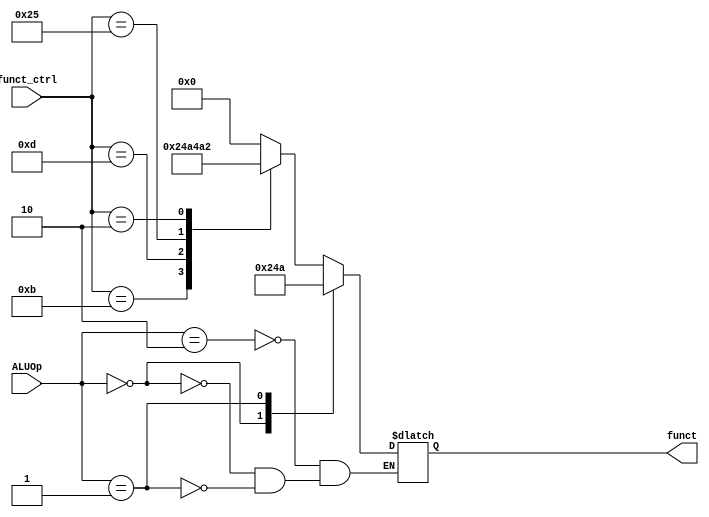
module ALU_Control (
    input [5:0] funct_ctrl,
    input [1:0] ALUOp,
    output reg [5:0] funct
);
    always @(funct_ctrl or ALUOp) begin
        case (ALUOp)
            2'b10: 
                begin
                    case (funct_ctrl)
                        6'b001011: funct = 6'b001001;
                        6'b001101: funct = 6'b001010;
                        6'b100101: funct = 6'b010010;
                        6'b000010: funct = 6'b100010;
                        default: funct = 0;
                    endcase
                end
            2'b00:
                begin
                    funct = 6'b001001;
                end
            2'b01:
                begin
                    funct = 6'b001010;
                end
            
        endcase
    end
endmodule